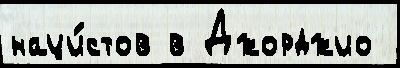
наци́стов в Джорджио